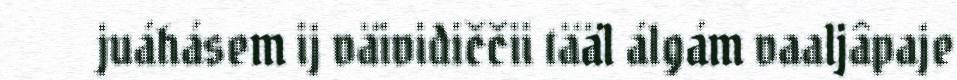
juáhásem ij väividiččii tääl álgám vaaljâpaje